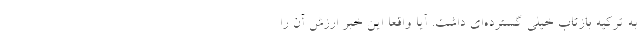
به ترکیه بازتاب خیلی گسترده‌ای داشت. آیا واقعاً این خبر ارزش آن را